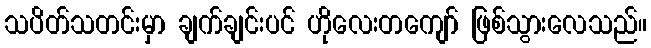
သပိတ်သတင်းမှာ ချက်ချင်းပင် ဟိုလေးတကျော် ဖြစ်သွားလေသည်။